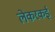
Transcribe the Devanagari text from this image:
लेकरकई